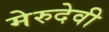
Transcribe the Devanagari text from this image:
मेरुदेवी